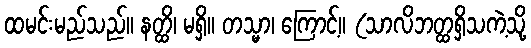
ထမင်းမည်သည်။ နတ္ထိ၊ မရှိ။ တသ္မာ၊ ကြောင့်။ (သာလိဘတ္ထရှိသကဲ့သို့